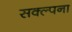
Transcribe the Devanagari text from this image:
सक्ल्पना